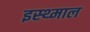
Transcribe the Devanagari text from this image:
इस्थ्माल